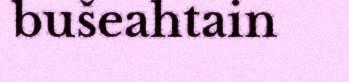
bušeahtain